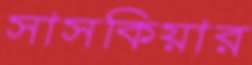
সাসকিয়ার